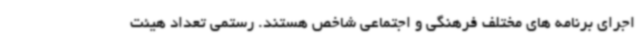
اجرای برنامه های مختلف فرهنگی و اجتماعی شاخص هستند. رستمی تعداد هیئت